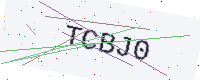
Text: TCBJ0